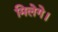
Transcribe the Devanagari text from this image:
मिलेगे।